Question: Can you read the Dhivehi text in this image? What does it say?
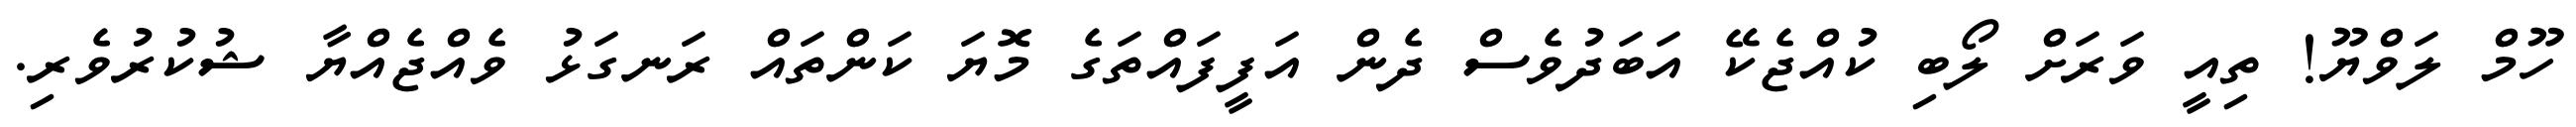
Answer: ހޫމް ލަވްޔޫ! ތިއީ ވަރަށް ލޯބި ކުއްޖެކޭ އަބަދުވެސް ދެން އަފީފައްތަގެ މޮޔަ ކަންތައް ރަނގަޅު ވެއްޖެއްޔާ ޝުކުރުވެރި.